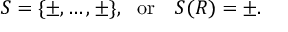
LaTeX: S = \{ \pm , \dots , \pm \} , ~ ~ \mathrm { o r } ~ ~ ~ S ( R ) = \pm .